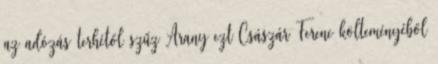
az adózás terhétől szűz Arany ezt Császár Ferenc költeményéből